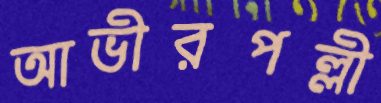
আভীরপল্লী